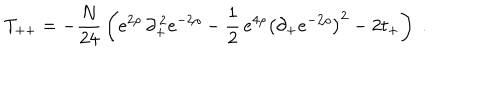
LaTeX: T _ { + + } = - { \frac { N } { 2 4 } } \left( e ^ { 2 \rho } \, \partial _ { + } ^ { \, 2 } e ^ { - 2 \rho } - { \frac { 1 } { 2 } } \, e ^ { 4 \rho } { \left( \partial _ { + } e ^ { - 2 \rho } \right) } ^ { 2 } - 2 t _ { + } \right) \; .